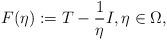
LaTeX: \begin{align*}F(\eta) := T - \frac{1}{\eta} I, \eta \in \Omega,\end{align*}